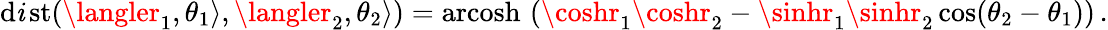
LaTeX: \operatorname{d\mathit{i}st}(\langler_{1},\theta_{1}\rangle,\langler_{2},\theta_{2}\rangle)=\operatorname{arcosh}\, \left(\coshr_{1}\coshr_{2}-\sinhr_{1}\sinhr_{2}\cos(\theta_{2}-\theta_{1})\right)\, .